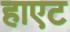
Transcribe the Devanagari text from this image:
हाएट